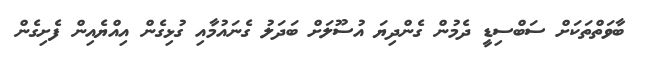
ބާވަތްތަކަށް ސަބްސިޑީ ދެމުން ގެންދިޔަ އުސޫލަށް ބަދަލު ގެނައުމާއި ގުޅިގެން އިއްޔެއިން ފެށިގެން